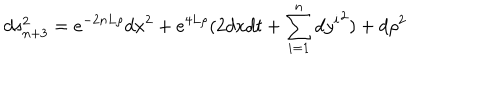
d s _ { n + 3 } ^ { 2 } = e ^ { - 2 n L \rho } d x ^ { 2 } + e ^ { 4 L \rho } ( 2 d x d t + \sum _ { i = 1 } ^ { n } { d y ^ { i } } ^ { 2 } ) + d \rho ^ { 2 }